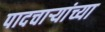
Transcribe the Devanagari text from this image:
पादचाऱ्यांच्या